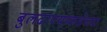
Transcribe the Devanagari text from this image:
बुलढाण्याकडेच्या